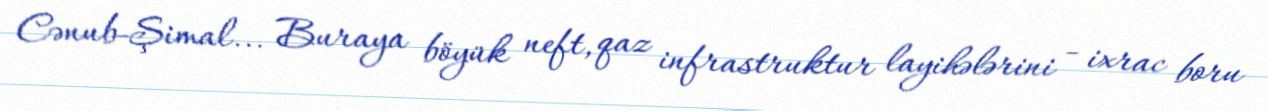
Cənub-Şimal... Buraya böyük neft, qaz infrastruktur layihələrini - ixrac boru